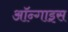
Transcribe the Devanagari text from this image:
ऑन्गाइस